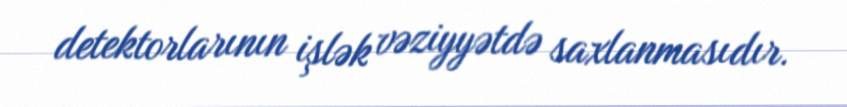
detektorlarının işlək vəziyyətdə saxlanmasıdır.